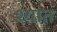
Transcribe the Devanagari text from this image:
श्यात